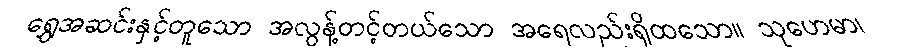
ရွှေအဆင်းနှင့်တူသော အလွန့်တင့်တယ်သော အရေလည်းရှိထသော။ သုဟေမာ၊